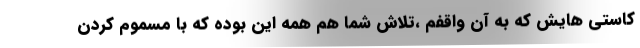
كاستي هايش كه به آن واقفم ،تلاش شما هم همه اين بوده كه با مسموم كردن